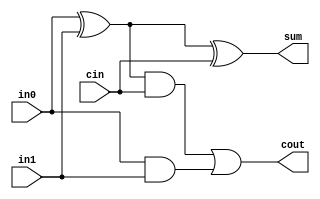
module full_adder(in0, in1, cin, cout, sum);
	input in0, in1, cin;
	output cout, sum;
	wire e1;
	xor my_xor1(e1, in0, in1);
	xor my_xor2(sum, e1, cin);
	wire e2;
	wire e3;
	and my_and1(e2, e1, cin);
	and my_and2(e3, in0, in1);
	or my_or(cout, e2, e3);
endmodule